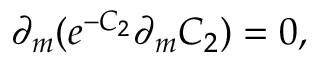
\partial _ { m } ( e ^ { - C _ { 2 } } \partial _ { m } C _ { 2 } ) = 0 ,